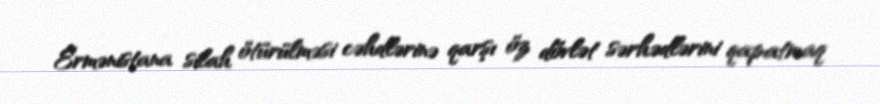
Ermənistana silah ötürülməsi cəhdlərinə qarşı öz dövlət sərhədlərini qapatmaq